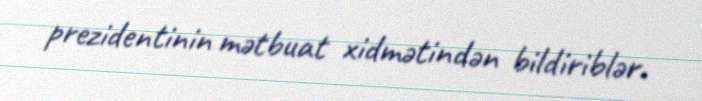
prezidentinin mətbuat xidmətindən bildiriblər.